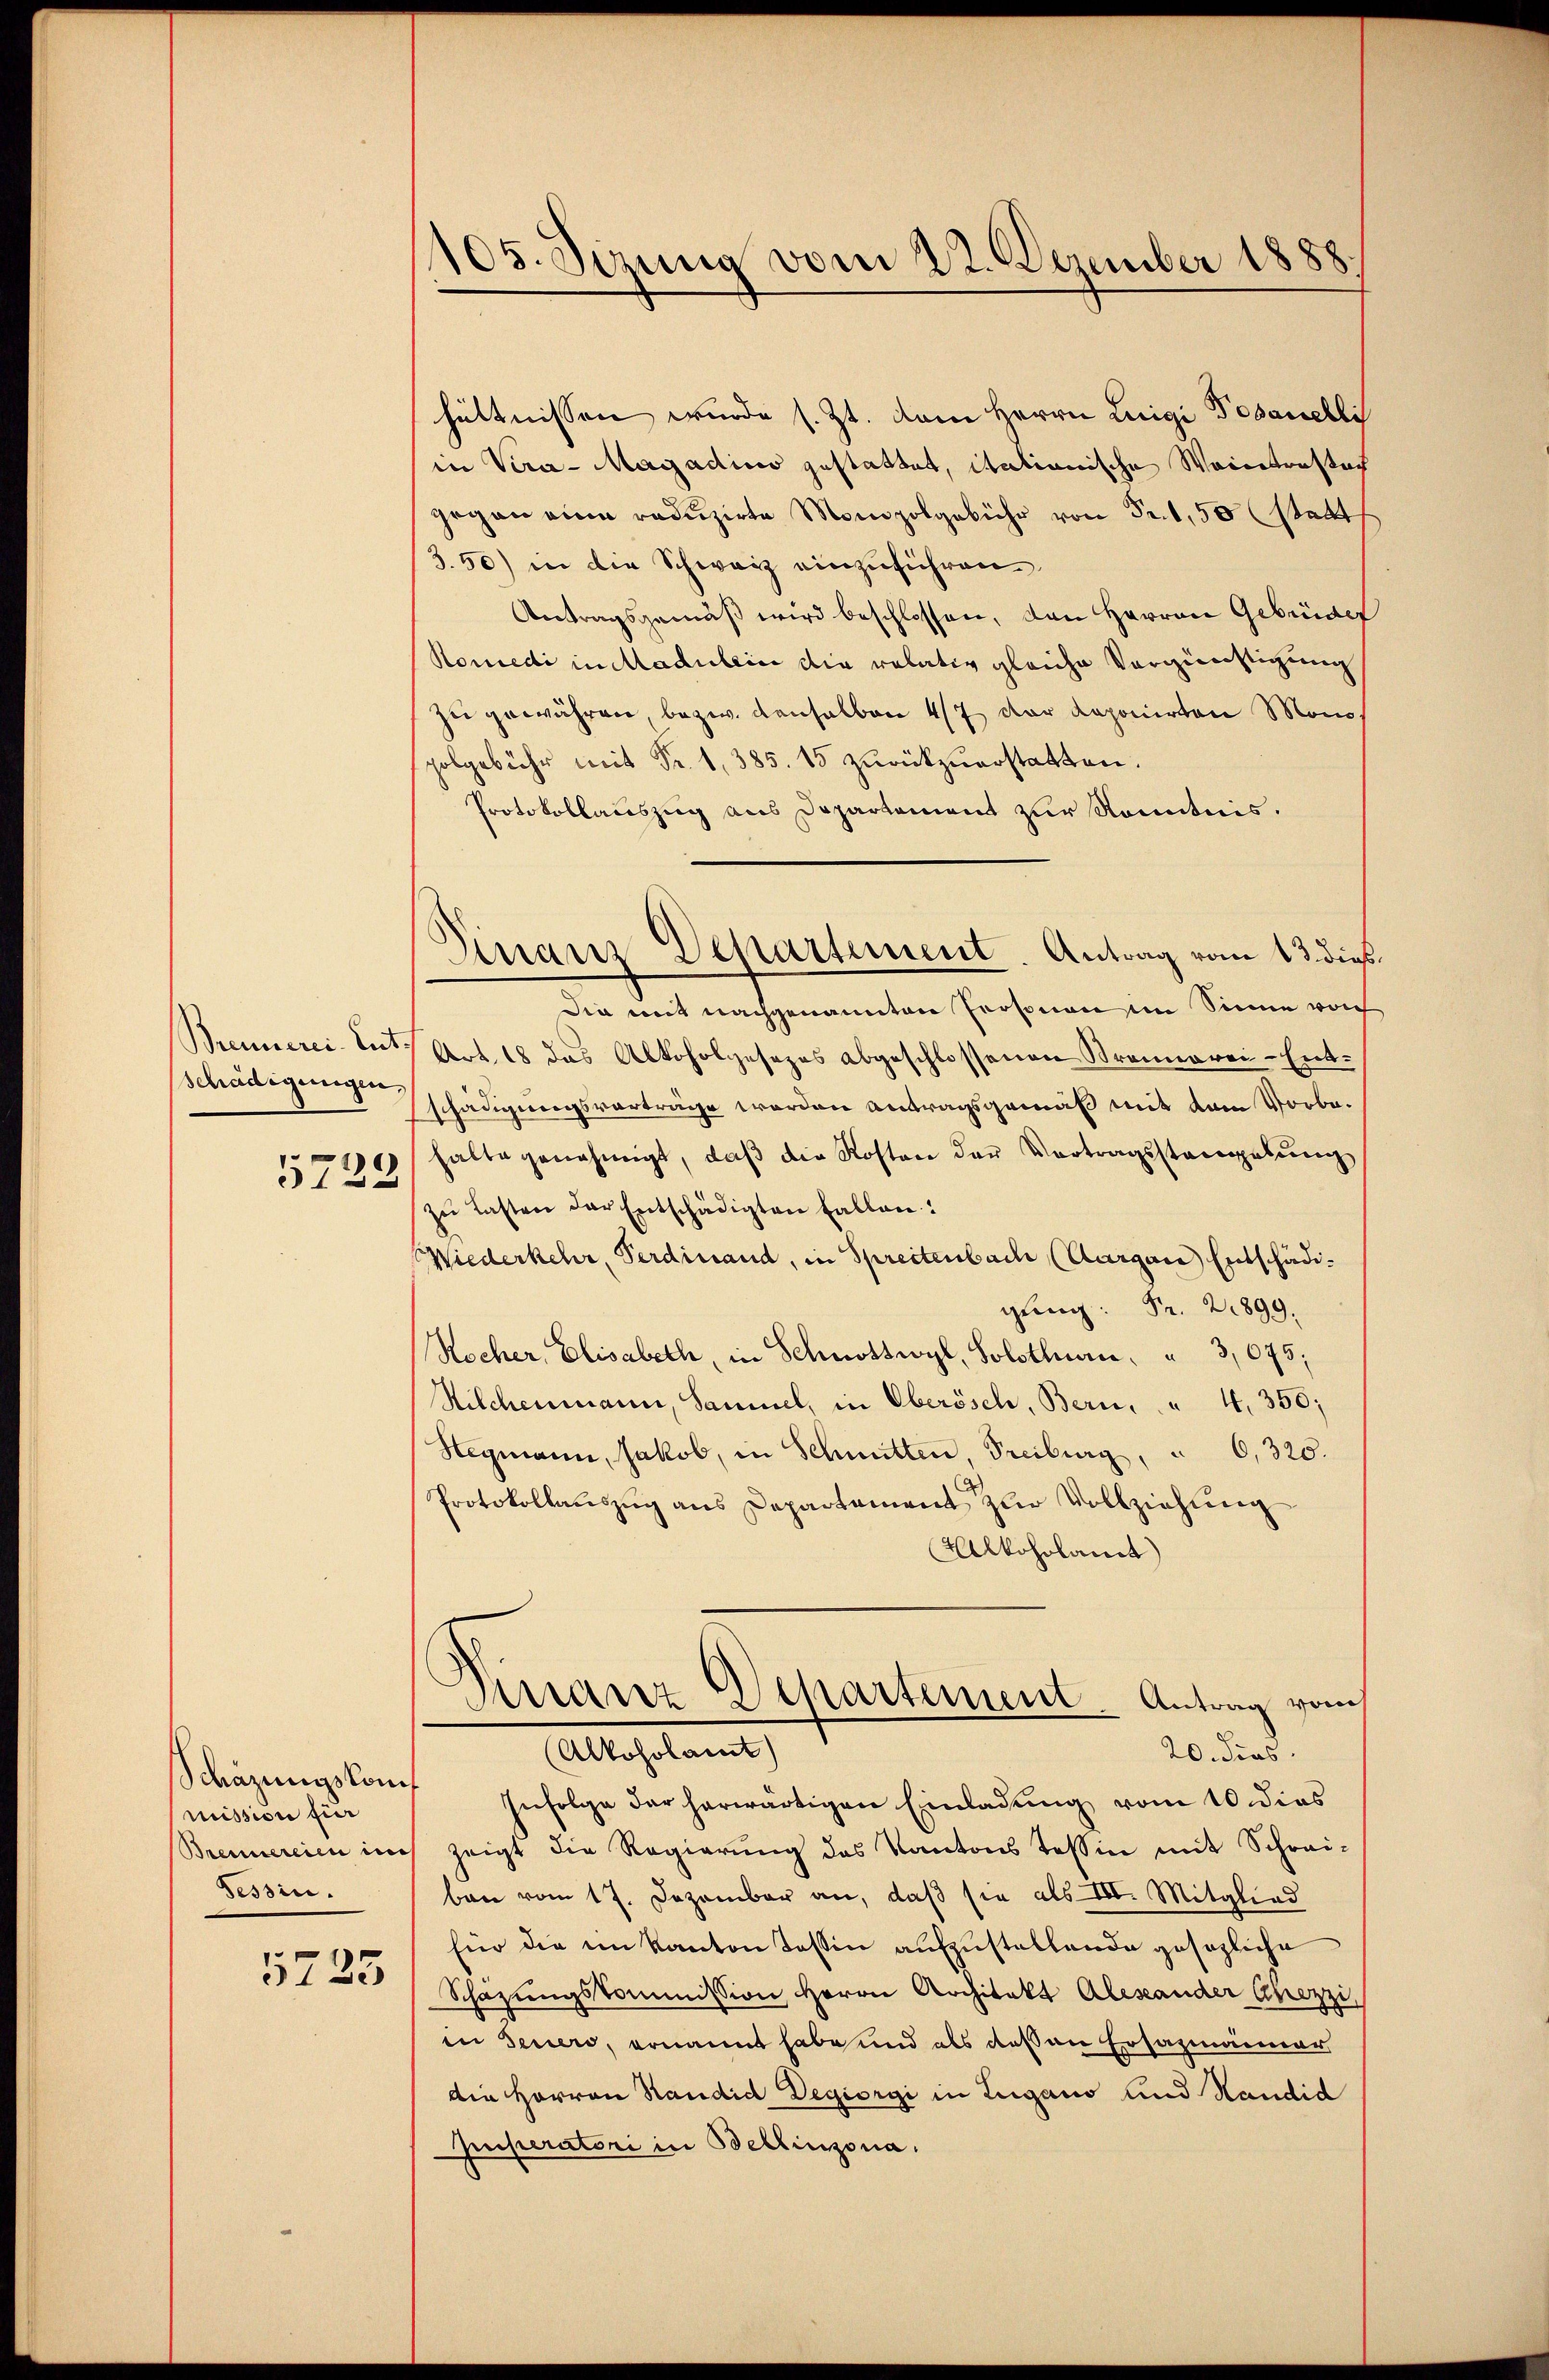
Brennerei. Ent-
schädigungen,

5722

Schäzungskom
mission für
Tessin.

5725

105. Semina vom 22. Dezember 1888.

Finanz Departement. Antrag vom 13. dies

hältnissen wurde s. Zt. vom Herrn Luigi Povanelli
in Vera-Magadino gestattet, itationische Weintrastach
gegen eine redŭzirte Monopolgebühr von Fr. 1,50 (statt
3.50) in die Schweiz einzuführen
Antragsgemäß wird beschlossen, den Herren Gebrüder
Komedi in Madulein die relativ gleiche Vergünstigung
ze gewähren, bezw. denselben 47 der Loponirten Mono
polgebühr mit Fr. 1, 385. 15 zurückzuerstatten.
Protokollauszug aus Departement zur Kenntnis.
die mit nachgenannten Personen im Sinne vo
Art. 18 das Alkoholgesezes abgeschlossenen Brennerei-Ent-
schädigungsvorträge werden Antragsgemäß mit dem Vorbehalte genehmigt, daβ die Kosten der Vortragsstangelung
zŭ lasten der Entschädigten Fallen:
Wiederkehr, Perdinand, in Spreitenbach (Aargane Entschädi¬
 Pr. 2899.
Rocher, Elisabeth, in Schnottwyl, Solothurn, " 3,675;
Silchenmann, Sammel, in Oberösch, Bern, " 4. 350;
Stegmann, Jakob, in Schmitten, Freiburg, " 6, 320.
Protokollauszug aus Departement zur Vollziehung
Alkoholant
Dinanz-Departement. Antrag vom
(Alkoholamt)
20. dies
Infolge der herwärtigen Einladung vom 10. dies
Brennereien auch zeigt die Regierŭng des Kantons Tessin mit Schrei-
ben vom 17. Dezember an, daß sie als III. Mitglied
für die im Kanton Tessin aufzustellende gesezliche
Schazungskommission Herrn Architekt Alesander Chezzi
in Feuero, ernannt habe und als dessen Ersazmänner
die Herren Standid Degiorgi in Lugano und Handid
Imperatori in Bellinzona.